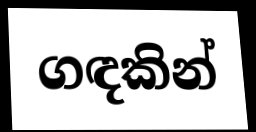
ගඳකින්